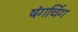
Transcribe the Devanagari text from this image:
षंगचिंग